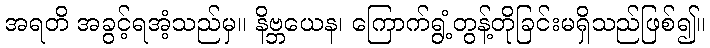
အရတိ အခွင့်ရအံ့သည်မှ။ နိဗ္ဘယေန၊ ကြောက်ရွံ့တွန့်တိုခြင်းမရှိသည်ဖြစ်၍။